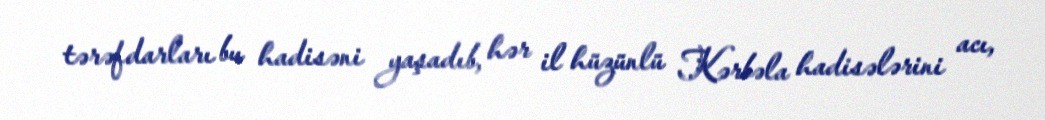
tərəfdarları bu hadisəni yaşadıb, hər il hüzünlü Kərbəla hadisələrini acı,